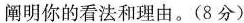
阐明你的看法和理由。(8分)